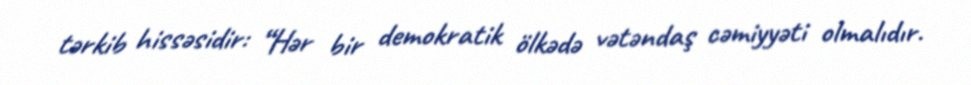
tərkib hissəsidir: “Hər bir demokratik ölkədə vətəndaş cəmiyyəti olmalıdır.